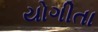
યોગીતા